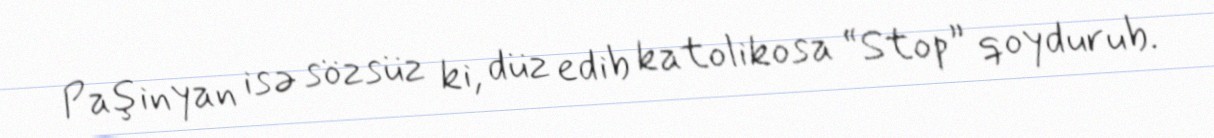
Paşinyan isə sözsüz ki, düz edib katolikosa “Stop” qoydurub.